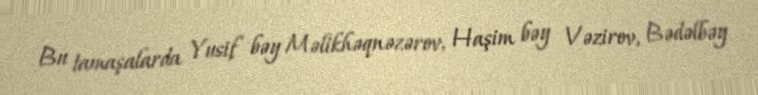
Bu tamaşalarda Yusif bəy Məlikhəqnəzərov, Haşim bəy Vəzirov, Bədəlbəy